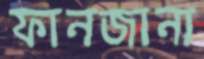
ফানজানা